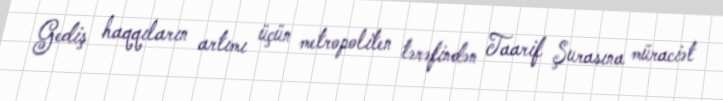
Gediş haqqıların artımı üçün metropoliten tərəfindən Taarif Şurasına müraciət